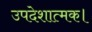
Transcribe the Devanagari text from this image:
उपदेशात्मक।